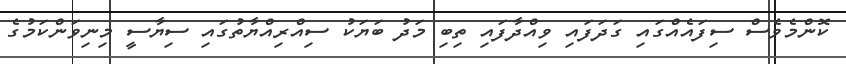
ކޮންމެވެސް ސިފައެއްގައި ގަދަފައި ވިއްދާފައި ތިބި މަދު ބަޔަކު ސިއްރިއްޔާތުގައި ސިޔާސީ މިނިވަންކަމުގެ